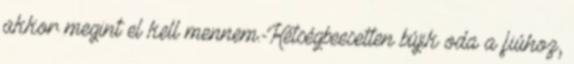
akkor megint el kell mennem.-Kétségbeesetten bújik oda a fiúhoz,